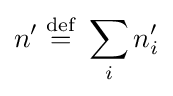
n'\;{\stackrel {\mathrm {def} }{=}}\;\sum _{i}n_{i}'